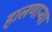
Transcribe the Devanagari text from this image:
हालणाऱ्या